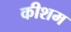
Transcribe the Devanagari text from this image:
कीशम